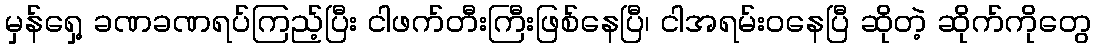
မှန်ရှေ့ ခဏခဏရပ်ကြည့်ပြီး ငါဖက်တီးကြီးဖြစ်နေပြီ၊ ငါအရမ်းဝနေပြီ ဆိုတဲ့ ဆိုက်ကိုတွေ